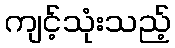
ကျင့်သုံးသည့်